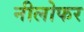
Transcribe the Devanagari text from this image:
नीलोफर